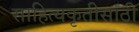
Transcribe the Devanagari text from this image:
साहित्यकृतीसाठी